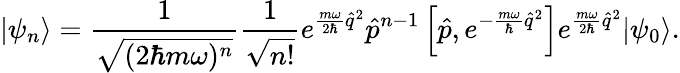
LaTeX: |\psi_{n}\rangle=\frac{1}{\sqrt{(2\hbar m\omega)^{n}}}\frac{1}{\sqrt{n!}}e^{\frac{m\omega}{2\hbar}\hat{q}^{2}}\hat{p}^{n-1}\left[\hat{p},e^{-\frac{m\omega}{\hbar}\hat{q}^{2}}\right]e^{\frac{m\omega}{2\hbar}\hat{q}^{2}}|\psi_{0}\rangle.